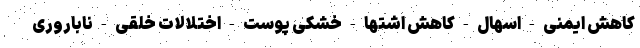
کاهش ایمنی - اسهال - کاهش اشتها - خشکی پوست - اختلالات خلقی - ناباروری